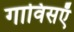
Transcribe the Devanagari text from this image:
गाविसऍ